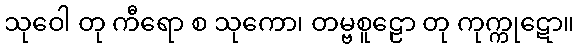
သုဝေါ တု ကီရော စ သုကော၊ တမ္ဗစူဠော တု ကုက္ကုဋော။